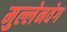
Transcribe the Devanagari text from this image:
मुल्लेनवेग